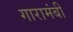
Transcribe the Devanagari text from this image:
गारामंबी